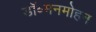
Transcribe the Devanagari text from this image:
डॉ॰मनमोहन